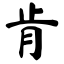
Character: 肯